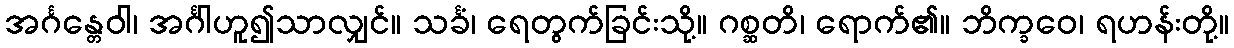
အင်္ဂန္တေဝါ၊ အင်္ဂါဟူ၍သာလျှင်။ သင်္ခံ၊ ရေတွက်ခြင်းသို့။ ဂစ္ဆတိ၊ ရောက်၏။ ဘိက္ခဝေ၊ ရဟန်းတို့။